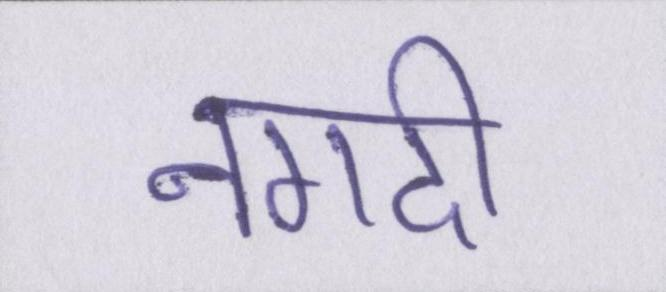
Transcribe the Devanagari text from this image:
नगदी